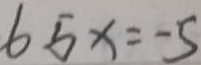
6 5 x = - 5